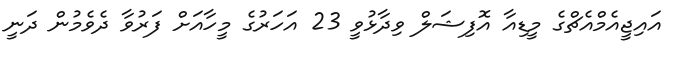
އައިޖީއެމްއެޗްގެ މީޑިއާ އޮފިޝަލް ވިދާޅުވީ 23 އަހަރުގެ މީހާއަށް ފަރުވާ ދެވެމުން ދަނީ